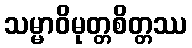
သမ္မာဝိမုတ္တစိတ္တဿ